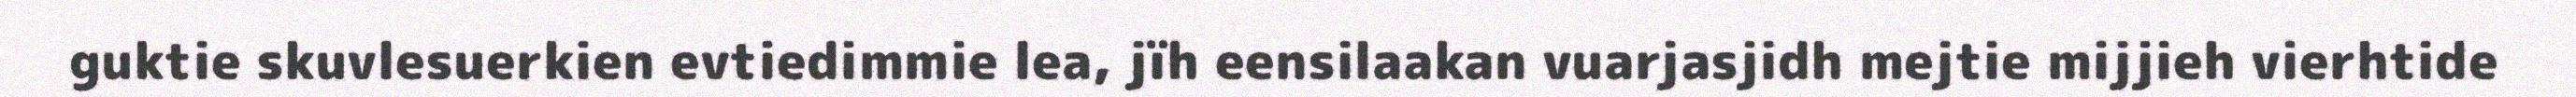
guktie skuvlesuerkien evtiedimmie lea, jïh eensilaakan vuarjasjidh mejtie mijjieh vierhtide